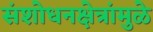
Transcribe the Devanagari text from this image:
संशोधनक्षेत्रांमुळे